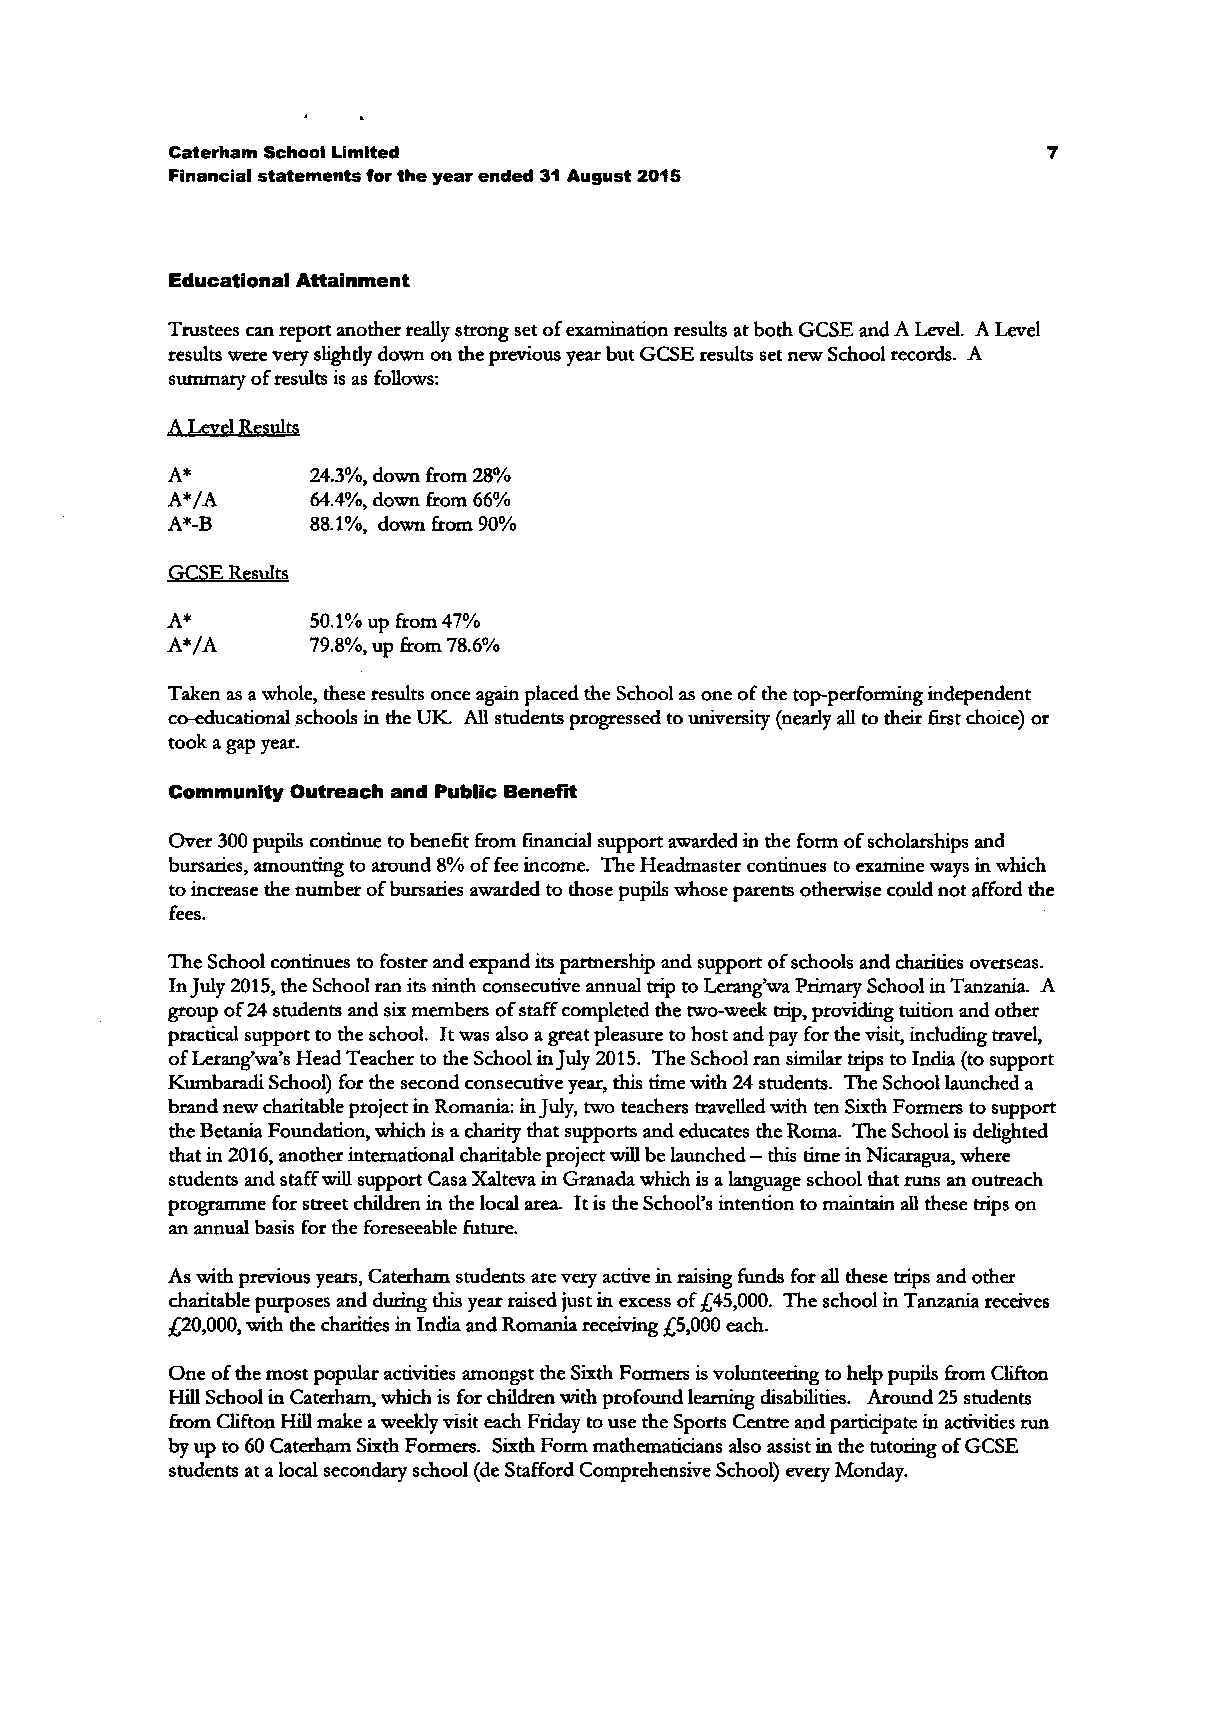
Caterham School Limited                                   7
 Financial statements for the year ended 31 August 2015
 Educational Attainment
 Trustees can report another really strong set of examination results at both GCSE and A Level. A Level
 results were very slighdy down on the previous year but GCSE results set new School records. A
 summary of results is as follows:
 A Level Results
 A*       24.3%, down from 28%
 A*/A     64.4%, down from 66%
 A*-B      88.1%, down from 90%
 GCSE Results
 A*       50.1% up from 47%
 A*/A     79.8%, up from 78.6%
 Taken as a whole, these results once again placed the School as one of the top-performing independent
 co-educational schools in the UK. All students progressed to university (nearly all to their first choice) or
 took a gap year.
 Community Outreach and Public Benefit
 Over 300 pupils continue to benefit from financial support awarded in the form of scholarships and
 bursaries, amounting to around 8% of fee income. The Headmaster continues to examine ways in which
 to increase the number of bursaries awarded to those pupils whose parents otherwise could not afford the
 fees.
 The School continues to foster and expand its partnership and support of schools and charities overseas.
 Injuiy 2015, the School ran its ninth consecutive annual trip to Lerang'wa Primary School in Tanzania. A
 group of 24 students and six members of staff completed the two-week trip, providing tuition and other
 practical support to the school. It was also a great pleasure to host and pay for the visit, including travel,
 of Lerang'wa's Head Teacher to the School in July 2015. The School ran similar trips to India (to support
 Kumbaradi School) for the second consecutive year, this time with 24 students. The School launched a
 brand new charitable project in Romania: in July, two teachers travelled with ten Sixth Formers to support
 the Betania Foundation, which is a charity that supports and educates the Roma. The School is delighted
 that in 2016, another international charitable project will be launched — this time in Nicaragua, where
 students and staff will support Casa Xalteva in Granada which is a language school that runs an outreach
 programme for street children in the local area. It is the School's intention to maintain all these trips on
 an annual basis for the foreseeable future.
 As with previous years, Caterham students are very active in raising funds for all these trips and other
 charitable purposes and during this year raised just in excess of £45,000. The school in Tanzania receives
 £20,000, with the charities in India and Romania receiving £5,000 each.
 One of the most popular activities amongst the Sixth Formers is volunteering to help pupils from Clifton
 Hill School in Caterham, which is for children with profound learning disabilities. Around 25 students
 from Clifton Hill make a weekly visit each Friday to use the Sports Centre and participate in activities run
 by up to 60 Caterham Sixth Formers. Sixth Form mathematicians also assist in the tutoring of GCSE
 students at a local secondary school (de Stafford Comprehensive School) every Monday.